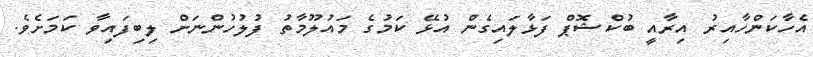
އެހާކަންހާއިރު އިރާއީ ބުކްޝޮޕް ފަޅާލައިގެން އުޅޭ ކަމުގެ މައުލޫމާތު ފުލުހުންނަށް ލިބިފައިވާ ކަމަށެވެ.